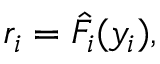
r _ { i } = \hat { F } _ { i } ( y _ { i } ) ,